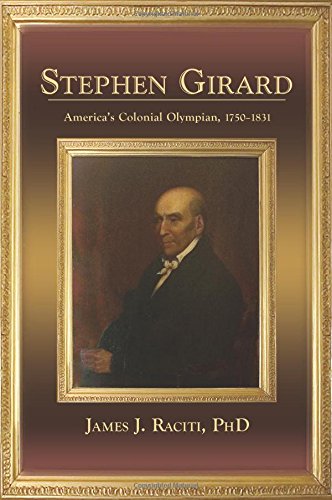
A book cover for Stephen Girard, America's Colonial Olympian, 1750-1831; James J. Raciti; Biographies & Memoirs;